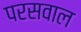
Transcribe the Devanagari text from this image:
परसवाल